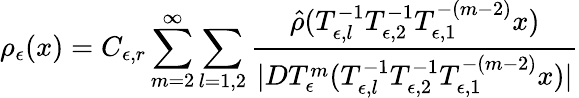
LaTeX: \rho_{\epsilon}(x)=C_{\epsilon,r}\sum_{m=2}^{\infty}\sum_{l=1,2}\frac{\hat{\rho}(T_{\epsilon,l}^{-1}T_{\epsilon,2}^{-1}T_{\epsilon,1}^{-(m-2)}x)}{|DT_{\epsilon}^{m}(T_{\epsilon,l}^{-1}T_{\epsilon,2}^{-1}T_{\epsilon,1}^{-(m-2)}x)|}